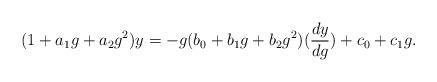
LaTeX: \begin{align*}(1+a_1 g+a_2 g^2 )y=-g(b_0 +b_1 g+b_2 g^2 )(\frac{dy}{dg}) + c_0 +c_1 g.\end{align*}